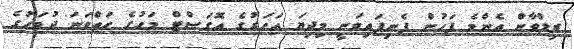
ރިލްވާން އެންމެ ފަހުން ފެނިފައިވަނީ މިދިޔަ އަހަރުގެ އޮގަސްޓް މަހުގެ ހަތްވަނަ ދުވަހުގެ